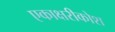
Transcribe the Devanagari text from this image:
एकाक्षरीकोश